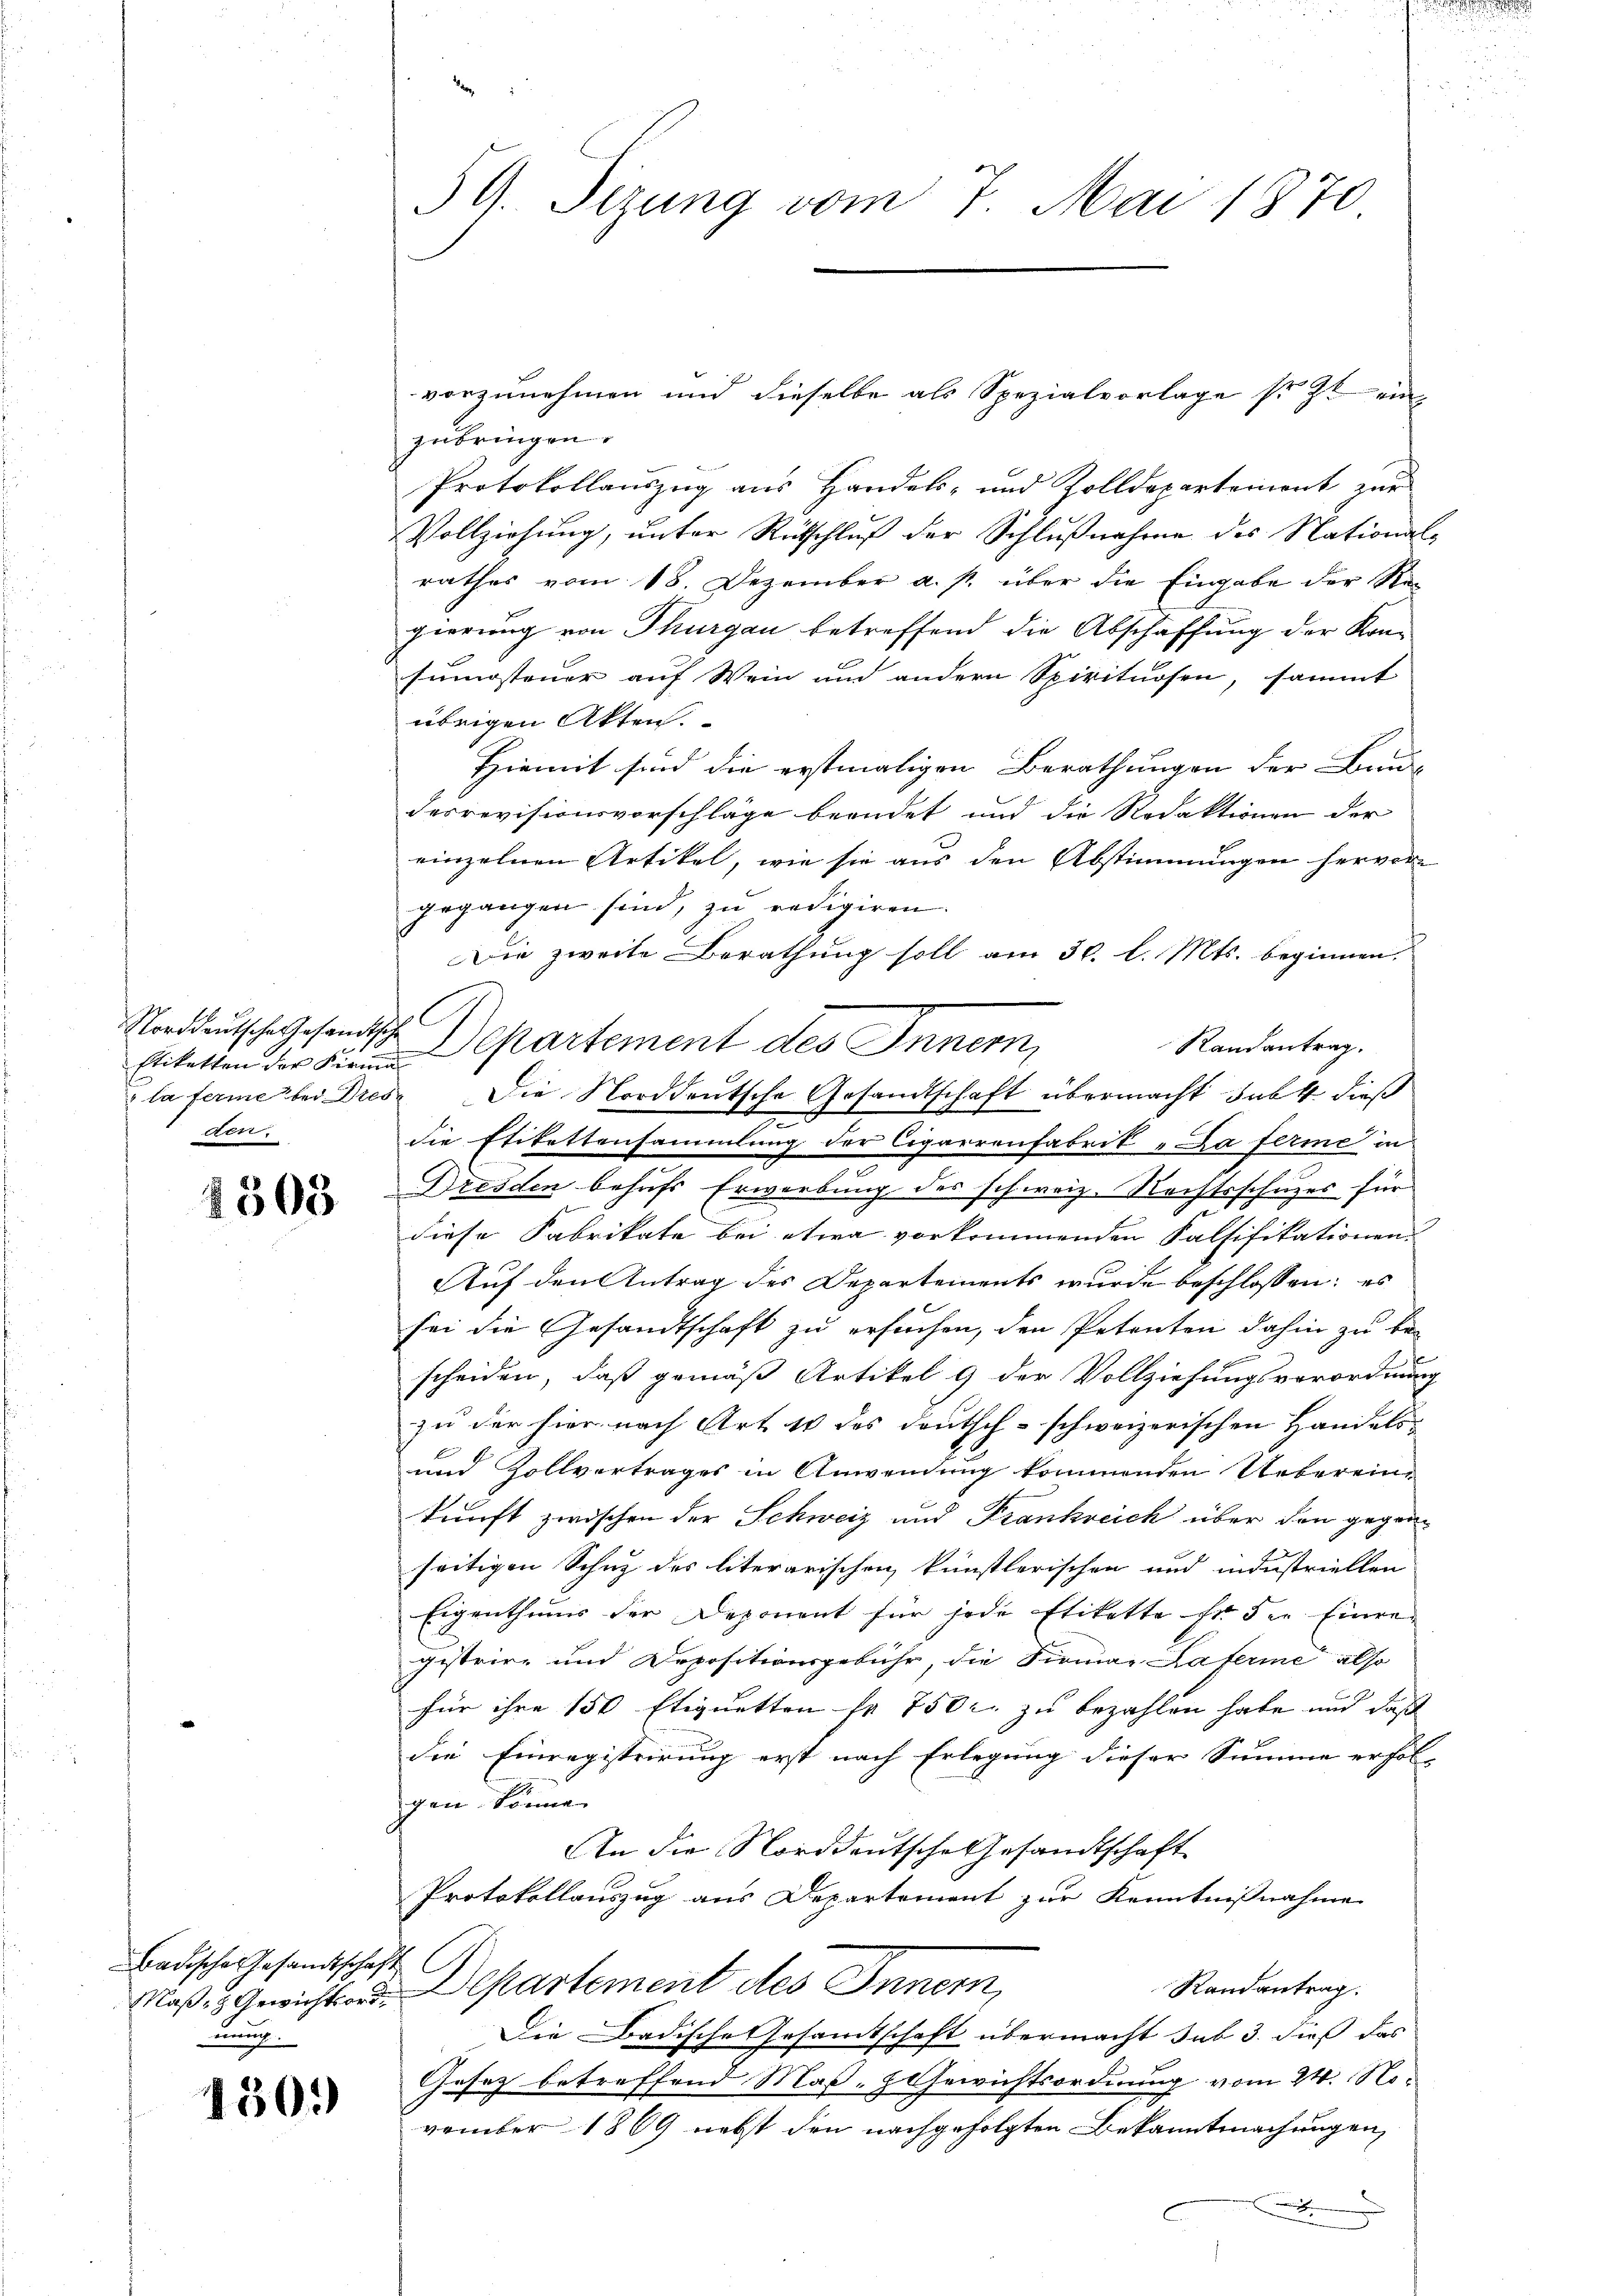
Norddeutsche Gesandtsche
den.

1503

vorzunehmen und dieselbe als Spezialvorlage so zu ein
zubringen.
Protokollauszug aus Handels- und Zolldepartement zur
Vollziehung, unter Rückschluß der Schlußnahme des National-
rathes vom 18. Dezember a. p. über die Eingabe der Regierung von Thurgau betreffend die Abschaffung der Kon-
sumsteuer auf Wein und andern Spirituosen, sammt
übrigen Akten.
Hiemit sind die erstmaligen Berathungen der Bunde
derrevisionsvorschläge beendet und die Redaktionen der
einzelnen Artikel, wie sie aus den Abstimmungen hervor
gegangen sind, zu redigiren.
Die zweite Berathung soll am 30. l. Mts. beginnen.
Randantrag.
Eiketten der Firmpartement des Innern,
la ferme bei Dres. Die Norddeutsche Gesandtschaft übermacht subst dieß
die Etikettensammlung der Cigarrenfabrik „La ferme in
e
Dresden behufs Erwerbung des schweiz. Rechtsschuzes für
diese Fabrikate bei etwa vorkommenden Falsifikationen.
Auf den Antrag des Departements wurde beschlossen: es
sei die Gesandtschaft zu ersuchen, den Petenten dahin zu bescheiden, daß gemäß Artikel 9 der Vollziehungsverordnung
zu der hier nach Art. 10 des deutsch-schweizerischen Handels-
und Zollvertrages in Anwendung kommenden Uebereinkunft zwischen der Schweiz und Frankreich über den gegen-
seitigen Schuz des literarischen künstlerischen und industriellen
Eigenthums der Deponent für jede Etikette Er der Einre
gistrire und Depositionsgebühr, die Firmar Haferie also
für ihre 150 Etiquetten so 750 r. zu bezahlen habe und daß
die Einregistrirung erst nach Erlegung dieser Summe erfolgen könne.
An die Norddeutsche Gesandtschaft
Protokollauszug aus Departement zur Kenntnißnahme
C
Randantrag.
Maßes Gewichtsord. Departement des Innern,
Die Badische Gesamtschaft übermacht sub 3. dieß das
Gesetz betreffend Maß- & Gewichtsordnung vom 24. November 1869 nebst den nachgefolgten Bekanntmachungen,

Badische Gesandtschaft
nung.

1509

39. Sizung vom 7. Mai 1870

l